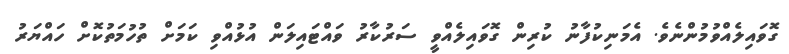
ގޮވައިލެއްވުމުންނެވެ. އެމަނިކުފާނު ކުރިން ގޮވައިލެއްވީ ސަރުކާރު ވައްޓައިލަން އުޅުއްވި ކަަަމަށް ތުހުމަތުކޮށް ހައްޔަރު